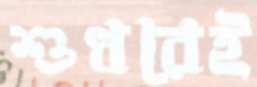
শুধরেই